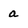
Character: a